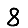
Digit: 8